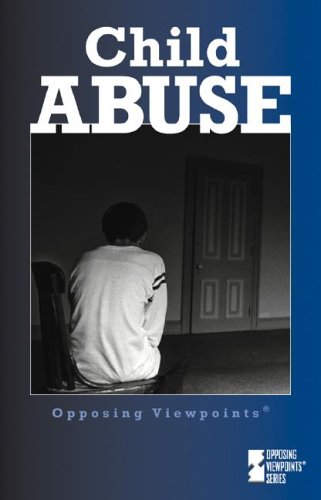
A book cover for Opposing Viewpoints Series - Child Abuse (hardcover edition); Louise I. Gerdes; Teen & Young Adult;